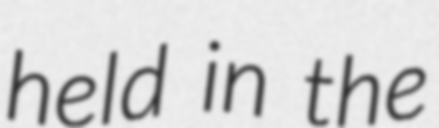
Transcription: held in the